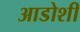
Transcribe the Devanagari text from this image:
आडोशी